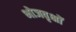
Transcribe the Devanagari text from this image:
भोजवृक्षों